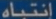
انتباهة